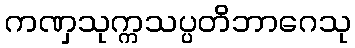
ကဏှသုက္ကသပ္ပတိဘာဂေသု